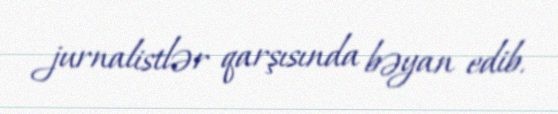
jurnalistlər qarşısında bəyan edib.